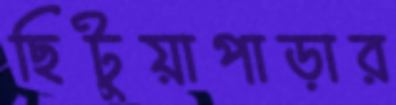
ছিটুয়াপাড়ার